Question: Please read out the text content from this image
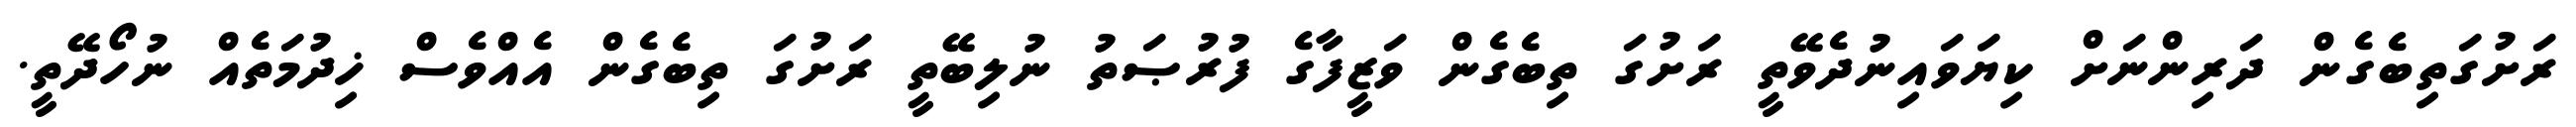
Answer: ރަށުގަތިބެގެން ދަރިންނަށް ކިޔަވައިނުދެވޭތީ ރަށުގަ ތިބެގެން ވަޒީފާގެ ފުރުޞަތު ނުލިބޭތީ ރަށުގަ ތިބެގެން އެއްވެސް ޚިދުމަތެއް ނުހޯދޭތީ.